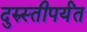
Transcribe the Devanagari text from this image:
दुरुस्तीपर्यंत